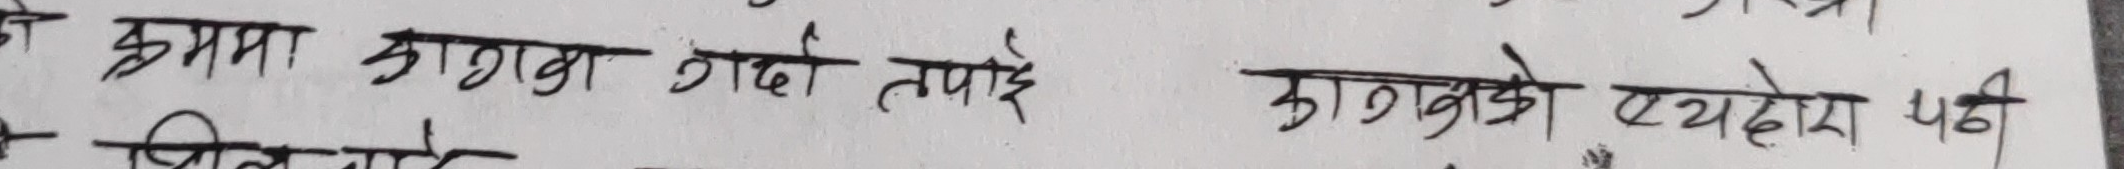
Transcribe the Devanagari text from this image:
को क्रममा कारण गर्दा तपाई कारणको एकोहोरो पढी